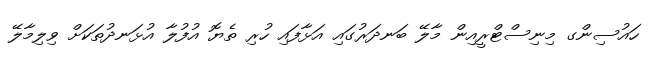
ހައުސިންގ މިނިސްޓްރީއިން މާލޭ ބަނދަރުގައި އަޅާފައި ހުރި ތެޔޮ އުފުލާ އުޅަނދުތަކަށް ވިލިމާލޭ